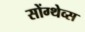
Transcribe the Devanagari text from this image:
सोंग्थेव्स